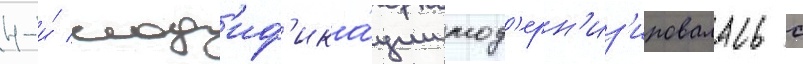
4-и́ мод'иф'ика́ции мод'ерн'из'ировалась с